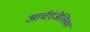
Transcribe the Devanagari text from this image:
आर्चएंजेलिका